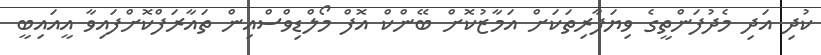
ކުދި އަދި މެދުފަންތީގެ ވިޔަފާރިތަކަށް އަމާޒުކޮށް ބޭންކް އޮފް މޯލްޑިވްސްއިން ތައާރަފްކޮށްފައިވާ އީއައިބީ